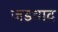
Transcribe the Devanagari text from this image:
जडवाद